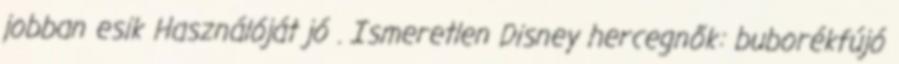
jobban esik Használóját jó . Ismeretlen Disney hercegnők: buborékfújó